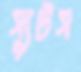
স্যুটস